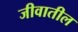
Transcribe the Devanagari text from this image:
जीवातील